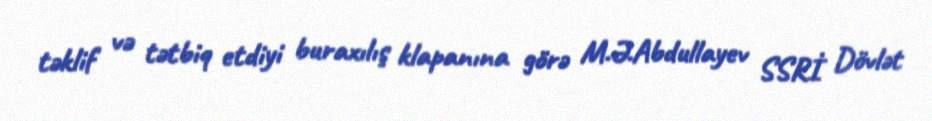
təklif və tətbiq etdiyi buraxılış klapanına görə M.Ə.Abdullayev SSRİ Dövlət